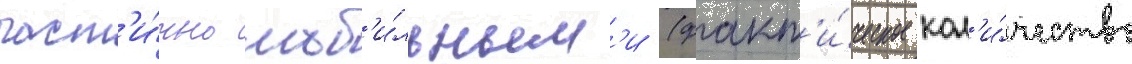
част'и́чно моб'и́льным'и (факт'и́ческое кол'и́чество